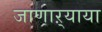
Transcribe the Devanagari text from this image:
जाणाऱ्याया